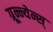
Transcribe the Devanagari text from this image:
ग्रून्न्येन्स्